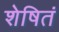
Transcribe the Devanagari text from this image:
शेषितं